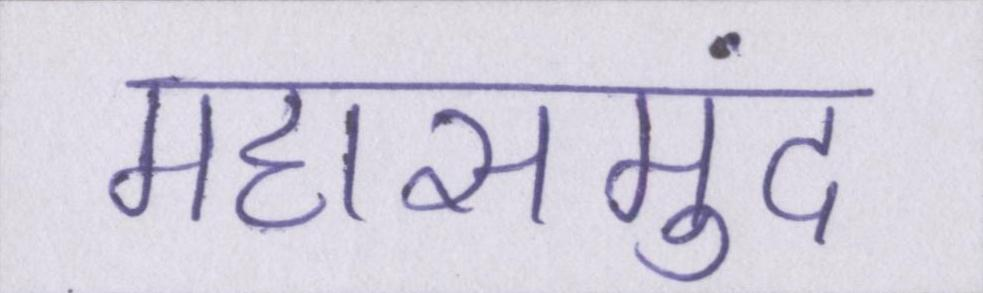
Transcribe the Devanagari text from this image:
महासमुंद